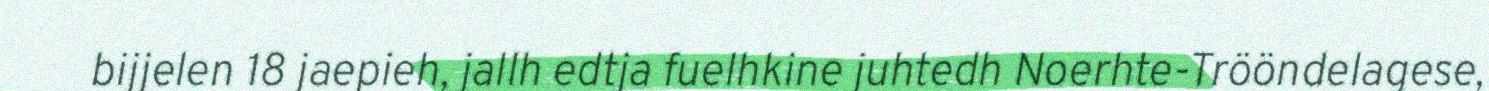
bijjelen 18 jaepieh, jallh edtja fuelhkine juhtedh Noerhte-Trööndelagese,